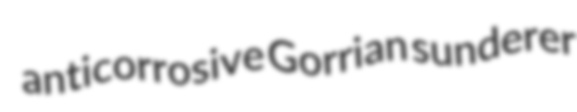
anticorrosive Gorrian sunderer